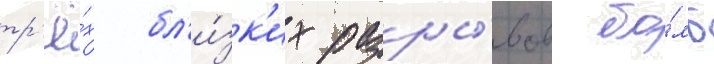
тр'ё́х бл'и́зк'их разры́вов бо́мб